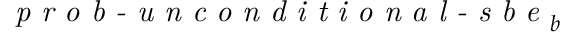
\textit { p r o b - u n c o n d i t i o n a l - s b e } _ { b }